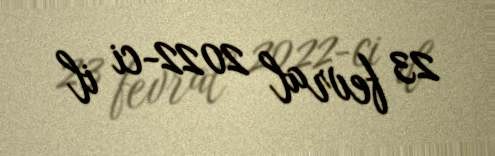
23 fevral 2022-ci il